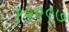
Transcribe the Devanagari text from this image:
१२९९७